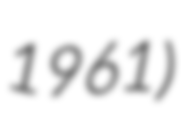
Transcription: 1961)